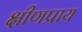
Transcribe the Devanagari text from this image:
क्षीणप्राय